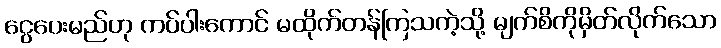
ငွေပေးမည်ဟု ကပ်ပါးကောင် မထိုက်တန်ကြသကဲ့သို့ မျက်စိကိုမှိတ်လိုက်သော